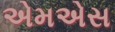
એમએસ